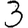
Digit: 3